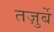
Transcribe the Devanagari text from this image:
तज़ुर्बे